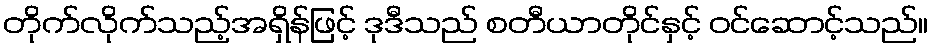
တိုက်လိုက်သည့်အရှိန်ဖြင့် ဒုဒီသည် စတီယာတိုင်နှင့် ဝင်ဆောင့်သည်။